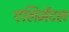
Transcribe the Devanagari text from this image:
एलिमेंटल